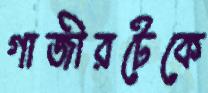
গাজীরটেকে